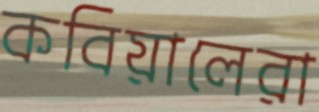
কবিয়ালেরা